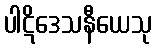
ပါဋိဒေသနီယေသု